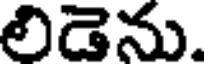
లిడెను.